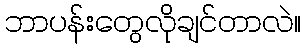
ဘာပန်းတွေလိုချင်တာလဲ။